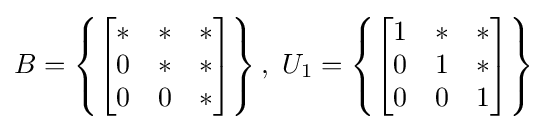
B=\left\{{\begin{bmatrix}*&*&*\\0&*&*\\0&0&*\end{bmatrix}}\right\},{\text{ }}U_{1}=\left\{{\begin{bmatrix}1&*&*\\0&1&*\\0&0&1\end{bmatrix}}\right\}